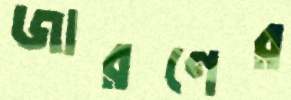
জারণের